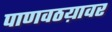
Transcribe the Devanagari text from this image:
पाणवठय़ावर